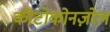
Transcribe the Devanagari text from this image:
कीटोकोनज़ोल